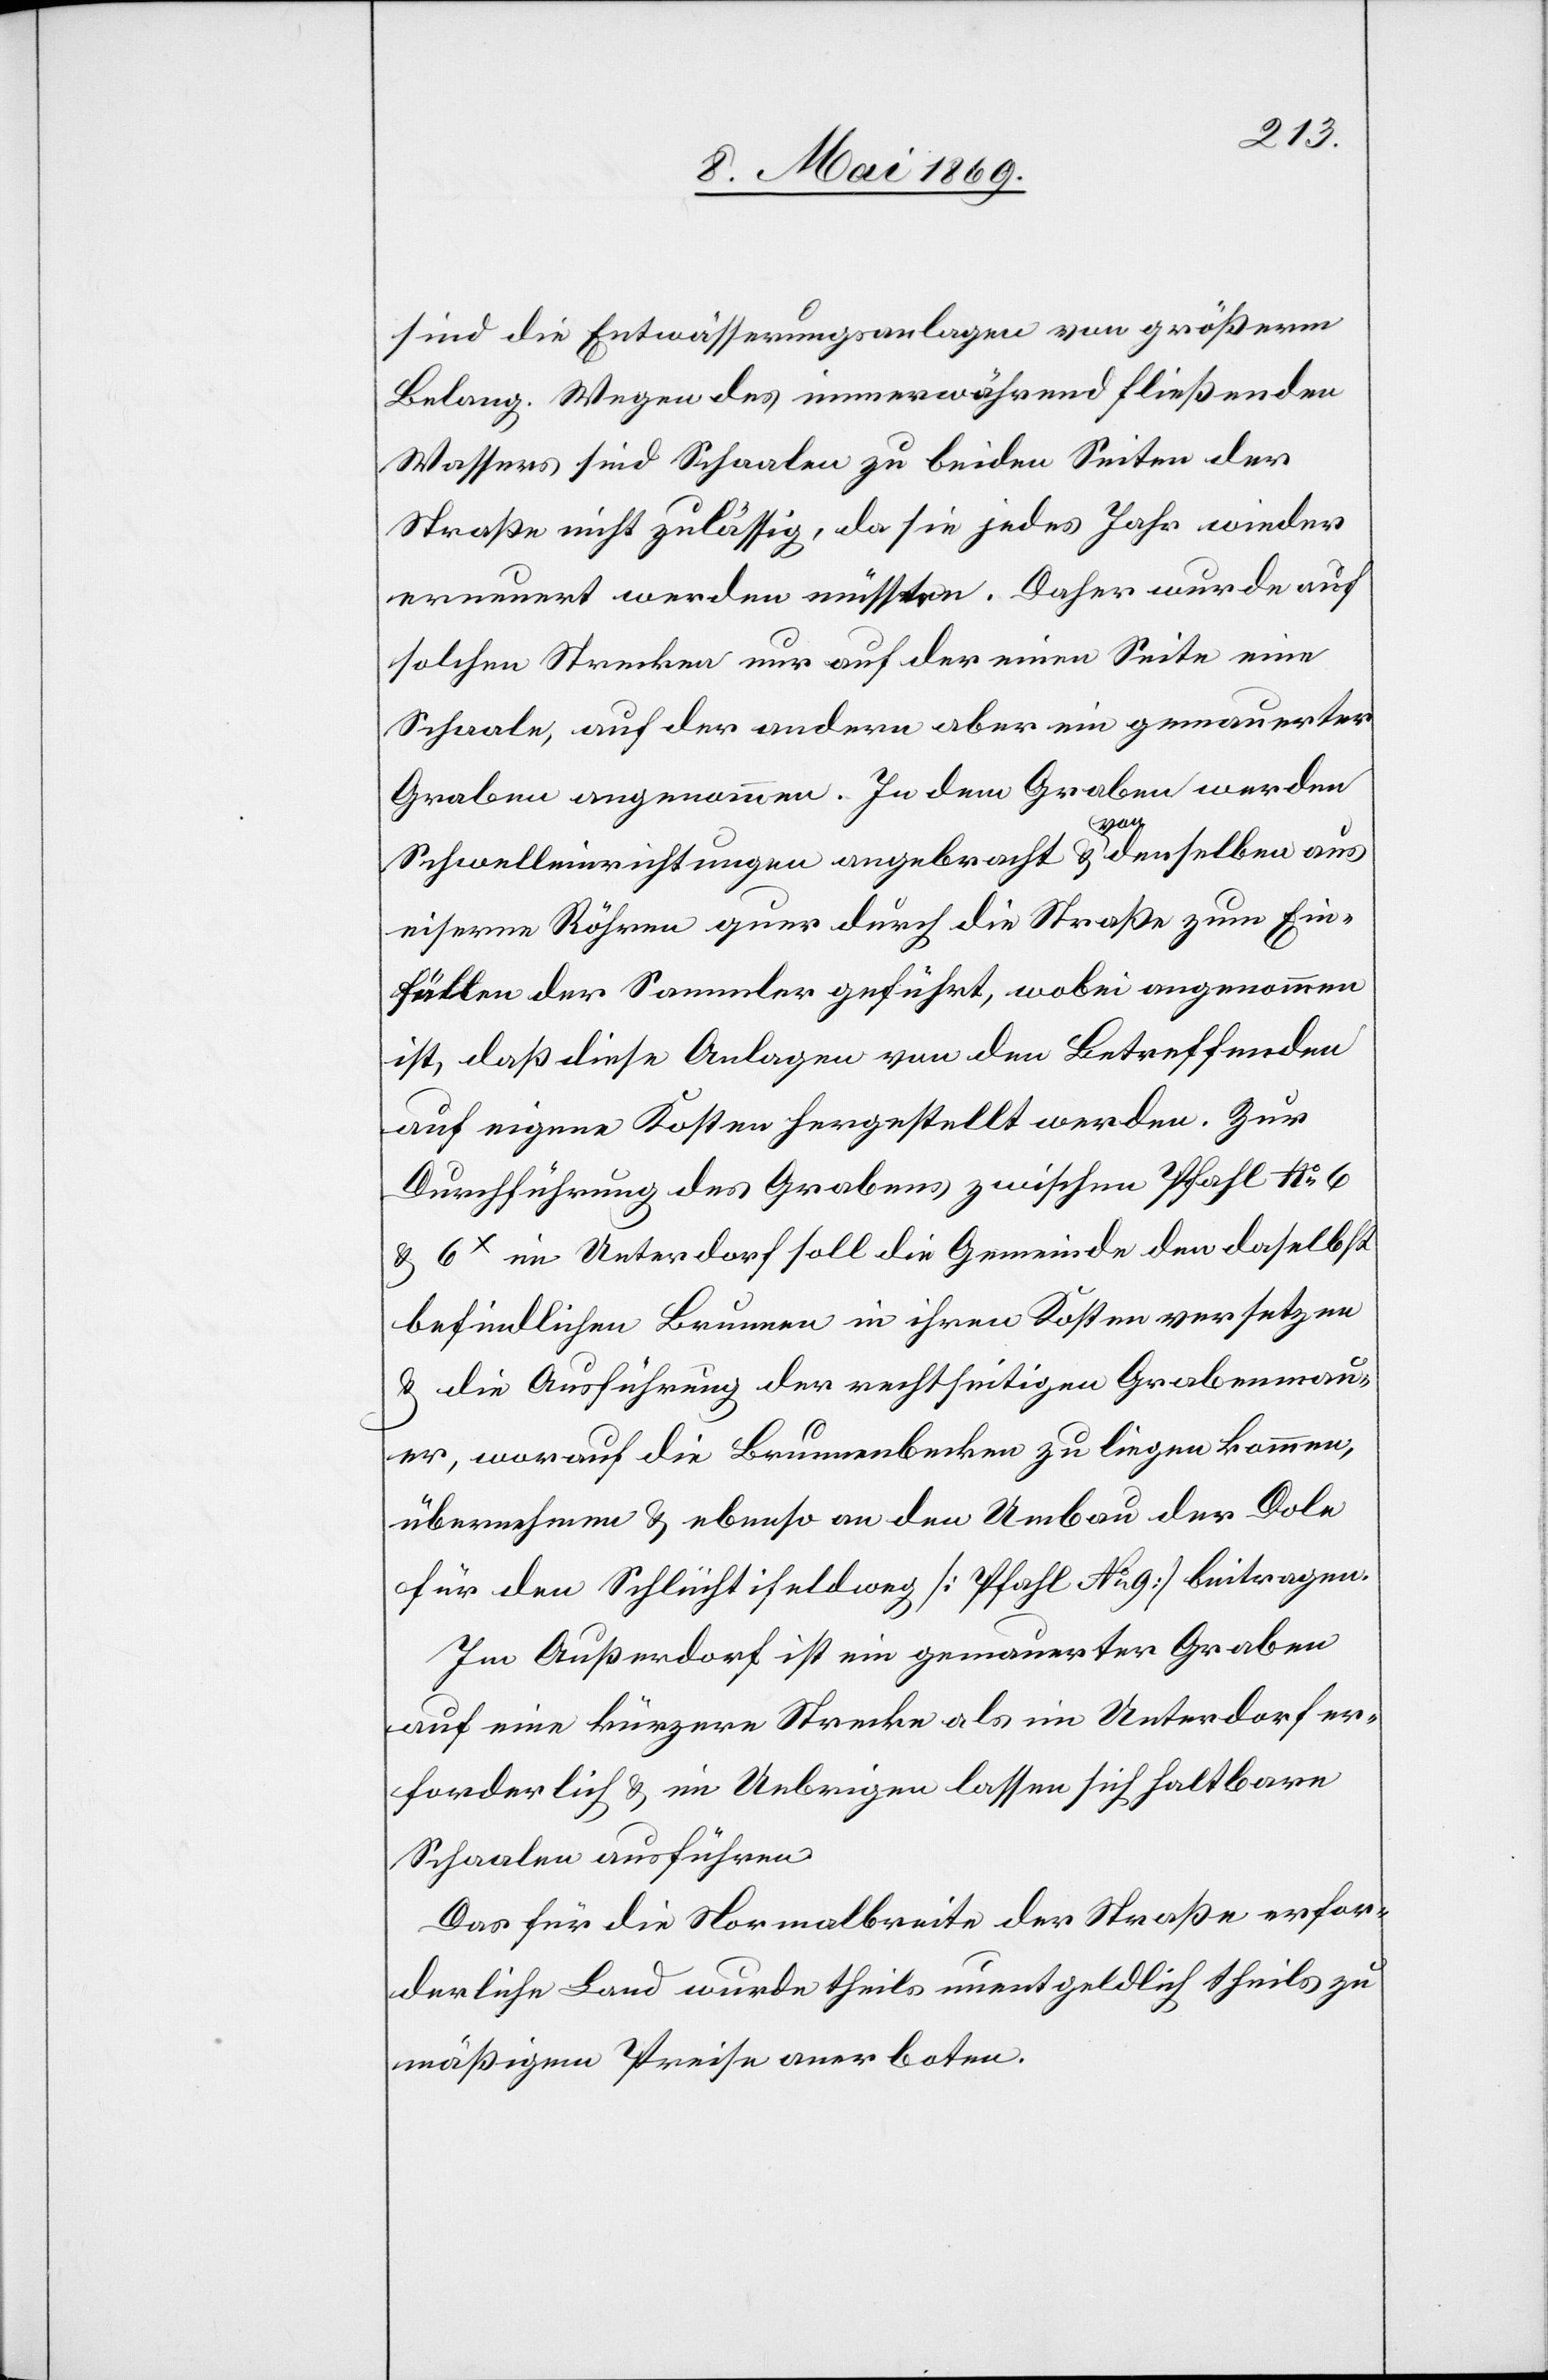
sind die Entwässerungsanlagen von größerm
Belang. Wegen des immerwährend fließenden
Wassers sind Schaalen zu beiden Seiten der
Straße nicht zuläßig, da sie jedes Jahr wieder
erneuert werden müßten. Daher wurde auf
solchen Strecken nur auf der einen Seite eine
Schaale, auf der andern aber eine gemauerter
Graben angenommen. In dem Graben werden
Schwelleneinrichtungen angebracht u. von denselben aus
eiserne Röhren quer durch die Straße zum Ein¬
füllen der Sammler geführt, wobei angenommen
ist, daß diese Anlagen von den Betreffenden
auf eigene Kosten hergestellt werden. Zur
Durchführung des Grabens zwischen Pfahl No 6
u. 6x im Unterdorf soll die Gemeinde den daselbst
befindlichen Brunnen in ihren Kosten versetzen
u. die Ausführung der rechtseitigen Grabenmau¬
er, worauf die Brunnenbecken zu liegen kommen,
übernehmen u. ebenso an den Umbau der Dole
für den Schlüchtifeldweg [Pfahl No 9] beitragen.
Im Außerdorf ist ein gemauerter Graben
auf eine kürzere Strecke als im Unterdorf er¬
forderlich u. im Uebrigen lassen sich haltbare
Schaalen ausführen.
Das für die Normalbreite der Straße erfor¬
derliche Land wurde theils unentgeldlich theils zu
mäßigem Preise anerboten.